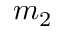
m _ { 2 }